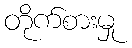
တိုက်စားမှု